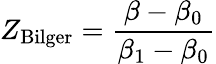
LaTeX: Z_{\mathrm{Bilger}}=\frac{\beta-\beta_{0}}{\beta_{1}-\beta_{0}}